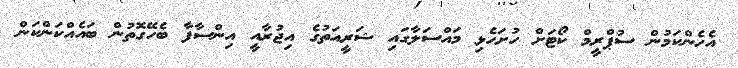
އެހެންކަމުން ސުޕްރީމް ކޯޓަށް ހުށަހެޅި މައްސަލާގައި ޝަރީއަތުގެ އިޖުރާއީ އިންސާފާ ބެހޭގޮތުން ބައެއްކަންކަން